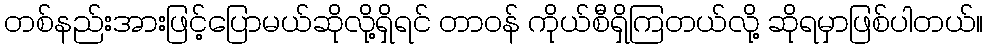
တစ်နည်းအားဖြင့်ပြောမယ်ဆိုလို့ရှိရင် တာဝန် ကိုယ်စီရှိကြတယ်လို့ ဆိုရမှာဖြစ်ပါတယ်။